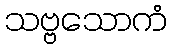
သဗ္ဗသောကံ